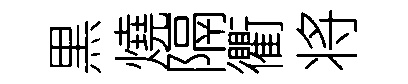
黒燒隔衢将